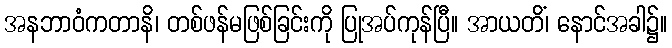
အနဘာဝံကတာနိ၊ တစ်ဖန်မဖြစ်ခြင်းကို ပြုအပ်ကုန်ပြီ။ အာယတိံ၊ နောင်အခါ၌။